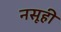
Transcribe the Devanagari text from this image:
नसूही